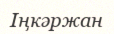
Іңкәржан